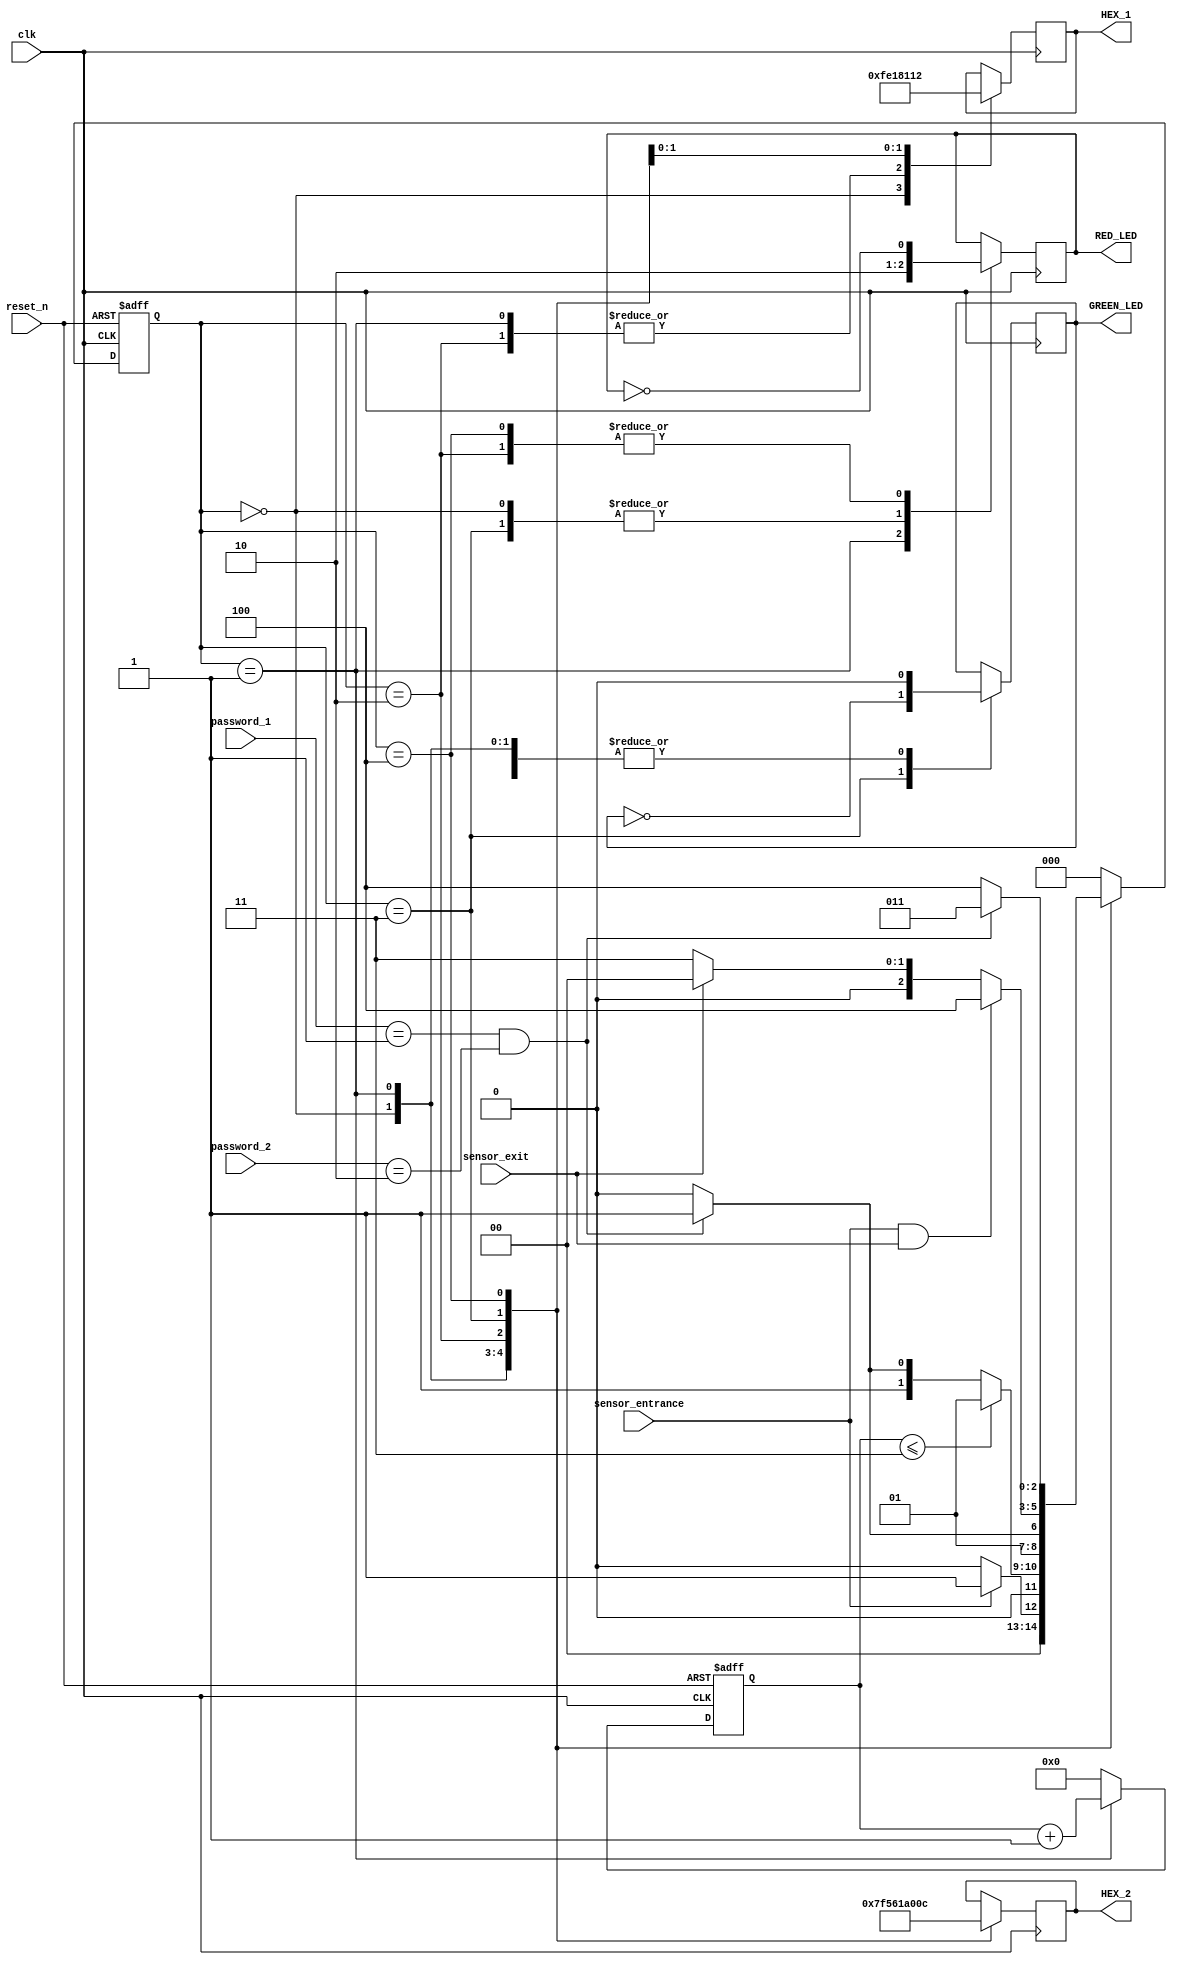
`timescale 1ns / 1ps
module parking_system( 
                input clk,reset_n,
 input sensor_entrance, sensor_exit, 
 input [1:0] password_1, password_2,
 output wire GREEN_LED,RED_LED,
 output reg [6:0] HEX_1, HEX_2
    );
 parameter IDLE = 3'b000, WAIT_PASSWORD = 3'b001, WRONG_PASS = 3'b010, RIGHT_PASS = 3'b011,STOP = 3'b100;
 // Moore FSM : output just depends on the current state
 reg[2:0] current_state, next_state;
 reg[31:0] counter_wait;
 reg red_tmp,green_tmp;
 // Next state
 always @(posedge clk or negedge reset_n)
 begin
 if(~reset_n) 
 current_state = IDLE;
 else
 current_state = next_state;
 end
 // counter_wait
 always @(posedge clk or negedge reset_n) 
 begin
 if(~reset_n) 
 counter_wait <= 0;
 else if(current_state==WAIT_PASSWORD)
 counter_wait <= counter_wait + 1;
 else 
 counter_wait <= 0;
 end
 // change state
// fpga4student.com FPGA projects, Verilog projects, VHDL projects
 always @(*)
 begin
 case(current_state)
 IDLE: begin
         if(sensor_entrance == 1)
 next_state = WAIT_PASSWORD;
 else
 next_state = IDLE;
 end
 WAIT_PASSWORD: begin
 if(counter_wait <= 3)
 next_state = WAIT_PASSWORD;
 else 
 begin
 if((password_1==2'b01)&&(password_2==2'b10))
 next_state = RIGHT_PASS;
 else
 next_state = WRONG_PASS;
 end
 end
 WRONG_PASS: begin
 if((password_1==2'b01)&&(password_2==2'b10))
 next_state = RIGHT_PASS;
 else
 next_state = WRONG_PASS;
 end
 RIGHT_PASS: begin
 if(sensor_entrance==1 && sensor_exit == 1)
 next_state = STOP;
 else if(sensor_exit == 1)
 next_state = IDLE;
 else
 next_state = RIGHT_PASS;
 end
 STOP: begin
 if((password_1==2'b01)&&(password_2==2'b10))
 next_state = RIGHT_PASS;
 else
 next_state = STOP;
 end
 default: next_state = IDLE;
 endcase
 end
 // LEDs and output, change the period of blinking LEDs here
 always @(posedge clk) begin 
 case(current_state)
 IDLE: begin
 green_tmp = 1'b0;
 red_tmp = 1'b0;
 HEX_1 = 7'b1111111; // off
 HEX_2 = 7'b1111111; // off
 end
 WAIT_PASSWORD: begin
 green_tmp = 1'b0;
 red_tmp = 1'b1;
 HEX_1 = 7'b000_0110; // E
 HEX_2 = 7'b010_1011; // n 
 end
 WRONG_PASS: begin
 green_tmp = 1'b0;
 red_tmp = ~red_tmp;
 HEX_1 = 7'b000_0110; // E
 HEX_2 = 7'b000_0110; // E 
 end
 RIGHT_PASS: begin
 green_tmp = ~green_tmp;
 red_tmp = 1'b0;
 HEX_1 = 7'b000_0010; // 6
 HEX_2 = 7'b100_0000; // 0 
 end
 STOP: begin
 green_tmp = 1'b0;
 red_tmp = ~red_tmp;
 HEX_1 = 7'b001_0010; // 5
 HEX_2 = 7'b000_1100; // P 
 end
 endcase
 end
 assign RED_LED = red_tmp  ;
 assign GREEN_LED = green_tmp;

endmodule